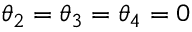
\theta _ { 2 } = \theta _ { 3 } = \theta _ { 4 } = 0